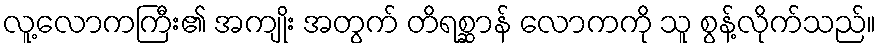
လူ့လောကကြီး၏ အကျိုး အတွက် တိရစ္ဆာန် လောကကို သူ စွန့်လိုက်သည်။